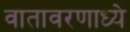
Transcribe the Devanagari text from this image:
वातावरणाध्ये